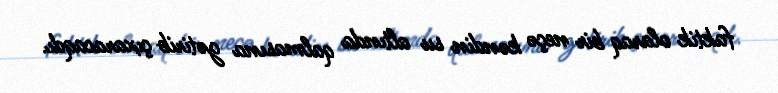
faktik olaraq bir neçə kəndin su altında qalmasına gətirib çıxaracaqdı.